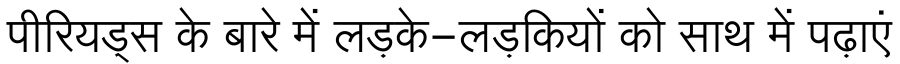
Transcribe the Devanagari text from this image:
पीरियड्स के बारे में लड़के-लड़कियों को साथ में पढ़ाएं